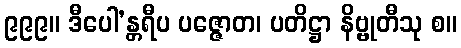
၉၉၉။ ဒီပေါ’န္တရီပ ပဇ္ဇောတ၊ ပတိဋ္ဌာ နိဗ္ဗုတီသု စ။